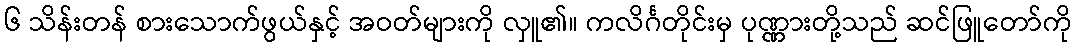
၆ သိန်းတန် စားသောက်ဖွယ်နှင့် အဝတ်များကို လှူ၏။ ကလိင်္ဂတိုင်းမှ ပုဏ္ဏားတို့သည် ဆင်ဖြူတော်ကို